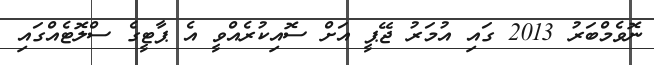
ނޮވެމްބަރު 2013 ގައި އުމަރު ޖޭޕީ އަށް ސޮއިކުރެއްވީ އެ ޕާޓީގެ ސްލޮޓެއްގައި